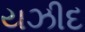
યઝીદ